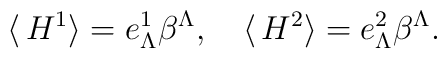
\langle \, H^1 \rangle = e^1_{\Lambda} \beta^\Lambda, \quad  \langle\, H^2\rangle = e^2_{\Lambda} \beta^\Lambda.